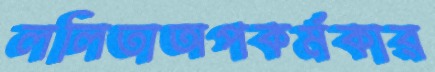
ললিতাঅপকর্মকার